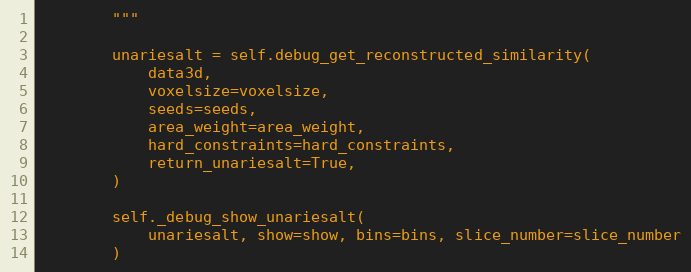
Language: Python
        """

        unariesalt = self.debug_get_reconstructed_similarity(
            data3d,
            voxelsize=voxelsize,
            seeds=seeds,
            area_weight=area_weight,
            hard_constraints=hard_constraints,
            return_unariesalt=True,
        )

        self._debug_show_unariesalt(
            unariesalt, show=show, bins=bins, slice_number=slice_number
        )